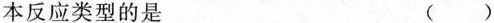
本反应类型的是（）